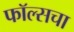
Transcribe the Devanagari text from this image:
फॉल्सचा